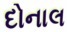
દોનાલ